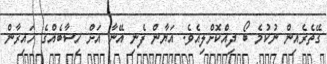
ގޭތެރެއިން ނުކުމެ ބޯ ދިއްކޮށްލިއެވެ. އަޔާން ފެނި އޭނާ އަށް ހިސާބެއްގެ ހައިރާން